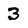
Character: 3